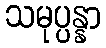
သမုပ္ပန္နာ